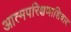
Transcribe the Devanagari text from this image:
आत्मपरिक्षणाशिवाय